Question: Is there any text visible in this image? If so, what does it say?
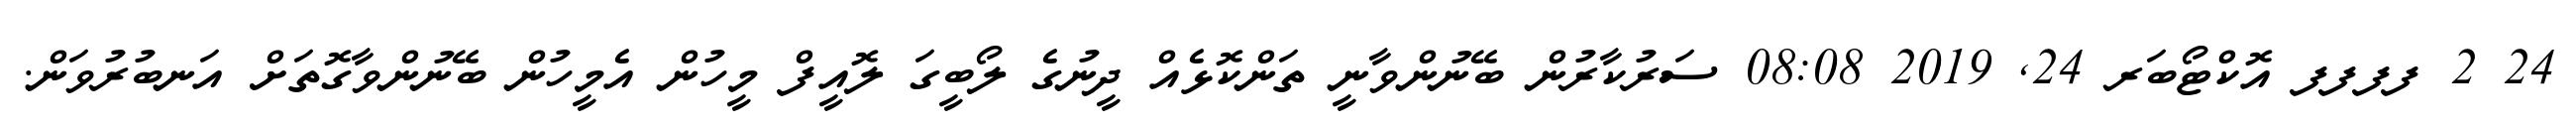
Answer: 24 2 ފފފފ އޮކްޓޯބަރ 24, 2019 08:08 ސަރުކާރުން ބޭނުންވާނީ ތަންކޮޅެއް ދީނުގެ ލޯބީގަ ލޮއީފް މީހުން އެމީހުން ބޭނުންވާގޮތަށް އަނބުރުވަން.